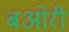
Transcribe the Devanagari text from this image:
बओरी